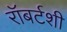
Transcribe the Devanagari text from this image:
रॉबर्टशी